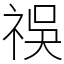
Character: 祦